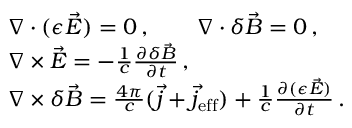
\begin{array} { r l } & { \nabla \cdot ( \epsilon \vec { E } ) = 0 \, , \qquad \nabla \cdot \delta \vec { B } = 0 \, , } \\ & { \nabla \times \vec { E } = - \frac 1 c \frac { \partial \delta \vec { B } } { \partial t } \, , } \\ & { \nabla \times \delta \vec { B } = \frac { 4 \pi } { c } ( \vec { j } + \vec { j } _ { \mathrm { e f f } } ) + \frac 1 c \frac { \partial ( \epsilon \vec { E } ) } { \partial t } \, . } \end{array}